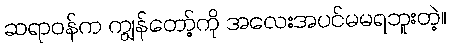
ဆရာဝန်က ကျွန်တော့်ကို အလေးအပင်မမရဘူးတဲ့။